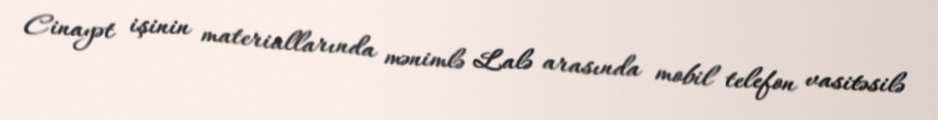
Cinayət işinin materiallarında mənimlə Lalə arasında mobil telefon vasitəsilə